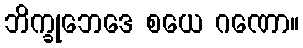
ဘိက္ခုဘေဒေ စယေ ဂဏော။